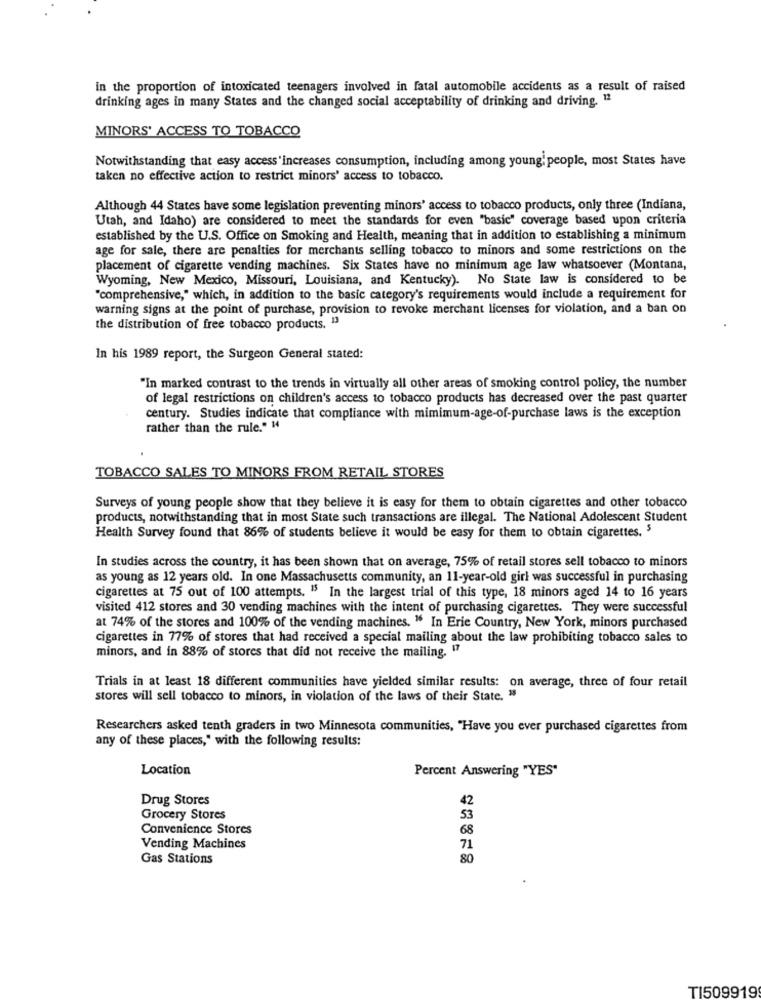
in the proportion of intoxicated teenagers involved in fatal automobile accidents as a result of raised
drinking ages in many States and the changed social acceptability of drinking and driving. 12
MINORS' ACCESS TO TOBACCO
Notwithstanding that easy access'increases consumption, including among young people, most States have
taken no effective action to restrict minors' access to tobacco.
Although 44 States have some legislation preventing minors' access to tobacco products, only three (Indiana,
Utah, and Idaho) are considered to meet the standards for even "basic" coverage based upon criteria
established by the U.S. Office on Smoking and Health, meaning that in addition to establishing a minimum
age for sale, there are penalties for merchants selling tobacco to minors and some restrictions on the
placement of cigarette vending machines. Six States have no minimum age law whatsoever (Montana,
Wyoming, New Mexico, Missouri, Louisiana, and Kentucky). No State law is considered to be
"comprehensive," which, in addition to the basic category's requirements would include a requirement for
warning signs at the point of purchase, provision to revoke merchant licenses for violation, and a ban on
the distribution of free tobacco products. 13
In his 1989 report, the Surgeon General stated:
"In marked contrast to the trends in virtually all other areas of smoking control policy, the number
of legal restrictions on children's access to tobacco products has decreased over the past quarter
century. Studies indicate that compliance with mimimum-age-of-purchase laws is the exception
rather than the rule." "
TOBACCO SALES TO MINORS FROM RETAIL STORES
Surveys of young people show that they believe it is easy for them to obtain cigarettes and other tobacco
products, notwithstanding that in most State such transactions are illegal. The National Adolescent Student
Health Survey found that 86% of students believe it would be easy for them to obtain cigarettes. $
In studies across the country, it has been shown that on average, 75% of retail stores sell tobacco to minors
as young as 12 years old. In one Massachusetts community, an 11-year-old girl was successful in purchasing
cigarettes at 75 out of 100 attempts. 15 In the largest trial of this type, 18 minors aged 14 to 16 years
visited 412 stores and 30 vending machines with the intent of purchasing cigarettes. They were successful
at 74% of the stores and 100% of the vending machines. " In Erie Country, New York, minors purchased
cigarettes in 77% of stores that had received a special mailing about the law prohibiting tobacco sales to
minors, and in 88% of stores that did not receive the mailing. 17
Trials in at least 18 different communities have yielded similar results: on average, three of four retail
stores will sell tobacco to minors, in violation of the laws of their State. "
Researchers asked tenth graders in two Minnesota communities, "Have you ever purchased cigarettes from
any of these places," with the following results:
Location
Percent Answering "YES"
Drug Stores
42
Grocery Stores
53
Convenience Stores
68
Vending Machines
71
Gas Stations
80
TI509919